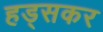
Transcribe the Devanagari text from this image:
हड्सकर